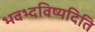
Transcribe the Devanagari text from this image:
भवभ्दविष्यदिति